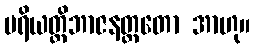
ပရိယတ္တိဘာဇနတ္ထတော အာဟု။